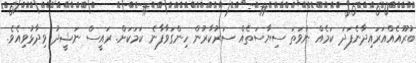
ބުރޫއެއްއަރައިދާނެފަދަ ކަމެއް ނުވަތަ ސިޔާސަތެއް ސަރުކާރުން ހިންގަވާފާނެ ކަމަކަށް. ރައީސް ނަޝީދު ވިދާޅުވިއެވެ.